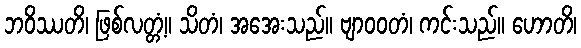
ဘဝိဿတိ၊ ဖြစ်လတ္တံ့။ သိတံ၊ အအေးသည်။ ဗျာဝဝတံ၊ ကင်းသည်။ ဟောတိ၊